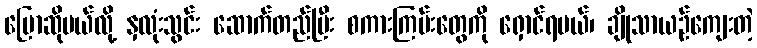
ပြောဆိုမယ်လို့ နှလုံးသွင်း ဆောက်တည်ပြီး စကားကြမ်းတွေကို ရှောင်ရမယ်၊ ချိုသာယဉ်ကျေးတဲ့